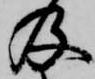
及